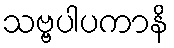
သဗ္ဗပါပကာနိ